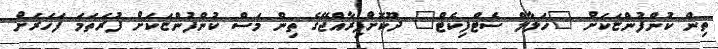
ތިން ކުންފުންޏަކަށް "ހަލާލް ސެޓްފިކެޓް" ދޫކޮށްފިރާއްޖޭގެ ތިން މަސް ކުންފުންޏަކަށް ފުރަތަމަ ފަހަރަށް